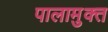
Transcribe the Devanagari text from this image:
पालामुक्त